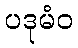
ပဒုမံဝ